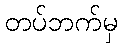
တပ်ဘက်မှ